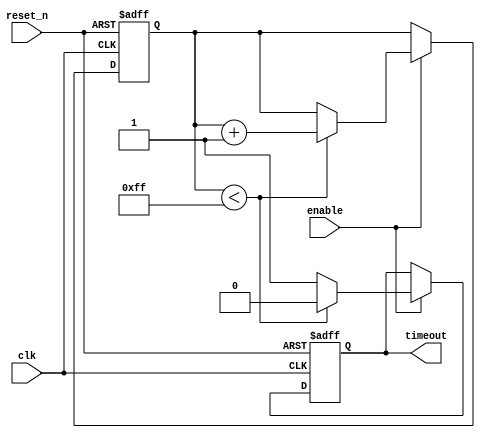
module timeout_counter #(
    parameter MAX_COUNT = 255 // Set the maximum timeout value here
)(
    input wire clk,            // Clock input
    input wire reset_n,       // Asynchronous reset (active low)
    input wire enable,        // Enable signal
    output reg timeout        // Timeout output signal
);

    reg [7:0] count;          // Counter register; adjust size based on MAX_COUNT

    // Asynchronous reset and counting logic
    always @(posedge clk or negedge reset_n) begin
        if (!reset_n) begin
            count <= 8'b0;    // Reset counter to zero
            timeout <= 1'b0;   // Reset timeout signal
        end else if (enable) begin
            if (count < MAX_COUNT) begin
                count <= count + 1; // Increment counter if not at max
                timeout <= 1'b0;      // Keep timeout low while counting
            end else begin
                timeout <= 1'b1;      // Set timeout high when max count reached
            end
        end
    end

endmodule